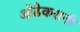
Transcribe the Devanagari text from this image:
ओढेकरानी